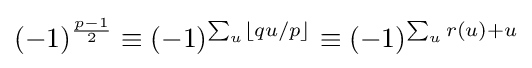
(-1)^{\frac {p-1}{2}}\equiv (-1)^{\sum _{u}\left\lfloor qu/p\right\rfloor }\equiv (-1)^{\sum _{u}r(u)+u}